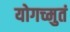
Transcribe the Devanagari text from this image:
योगच्मुतं